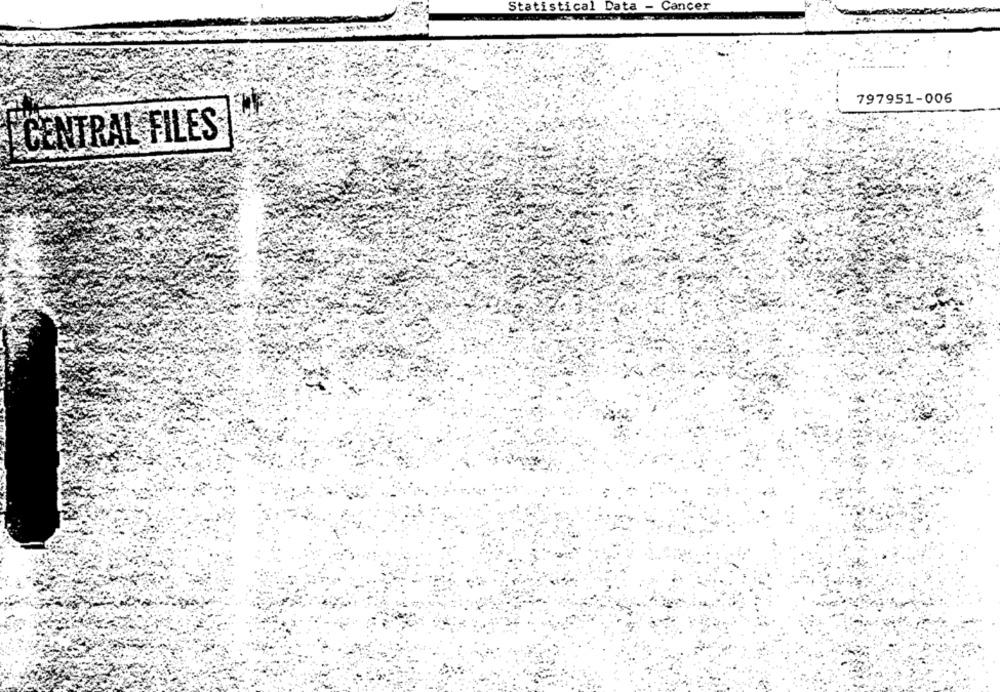
Statistical Data - Cancer
797951-006
CENTRAL FILES